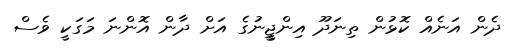
ދެން އަނެއް ކޮޅުން ތިނަދޫ އިންޖީީނުގެ އަށް ދާން އޮންނަ މަގަކީ ވެސް